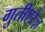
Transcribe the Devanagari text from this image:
गुतीएरेज़